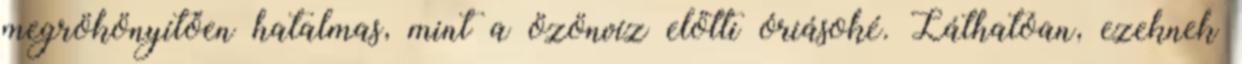
megrökönyítően hatalmas, mint a özönvíz előtti óriásoké. Láthatóan, ezeknek